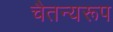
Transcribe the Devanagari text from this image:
चैतन्यरूप